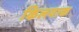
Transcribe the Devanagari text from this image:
किलयाक